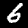
Digit: 6